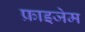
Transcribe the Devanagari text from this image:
फ्राइजेम